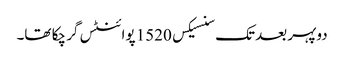
دوپہر بعد تک سنسیکس 1520 پوائنٹس گر چکا تھا۔